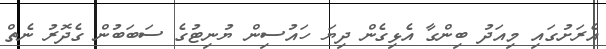
އެރަށުގައި މިއަދު ބިންގާ އެޅިގެން ދިޔަ ހައުސިން ޔުނިޓުގެ ސަބަބުން ގެދޮރު ނެތް